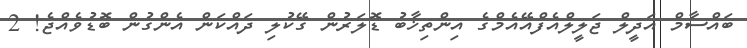
ބައްސާމް އަދީލް ޖަލީލްއެފްއޭއެމްގެ އިންތިޚާބު ޑޮލަރުން ގޭކުލި ދައްކަން އެންގުން ބޮޑުވެއްޖެ! 2